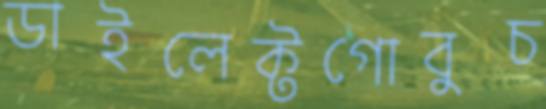
ডাইলেক্টগোবুচ